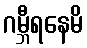
ဂမ္ဘီရနေမိ